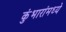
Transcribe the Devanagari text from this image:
कुंभारांमध्ये